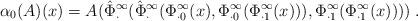
LaTeX: \begin{align*}\alpha_0(A)(x)= A(\hat\Phi_\cdot^\infty(\hat\Phi_\cdot^\infty(\Phi_{\cdot 0}^\infty(x),\Phi_{\cdot 0}^\infty(\Phi_{\cdot 1}^\infty(x))), \Phi_{\cdot 1}^\infty(\Phi_{\cdot 1}^\infty(x))))\;.\end{align*}